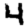
Digit: 4